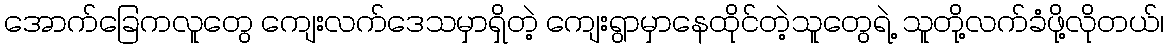
အောက်ခြေကလူတွေ ကျေးလက်ဒေသမှာရှိတဲ့ ကျေးရွာမှာနေထိုင်တဲ့သူတွေရဲ့ သူတို့လက်ခံဖို့လိုတယ်၊